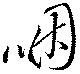
咽